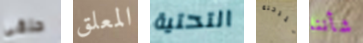
حلقي المعلق التحتية للرحلة شأننا